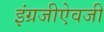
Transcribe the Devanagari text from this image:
इंग्रजीऐवजी